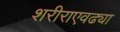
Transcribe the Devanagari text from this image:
शरीराएवढ्या